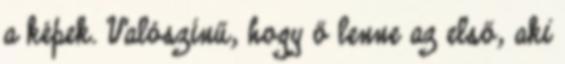
a képek. Valószí­nű, hogy ő lenne az első, aki